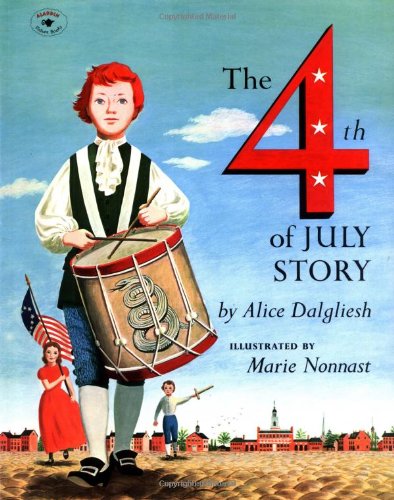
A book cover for The Fourth of July Story; Alice Dalgliesh; Children's Books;